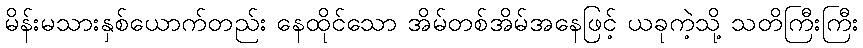
မိန်းမသားနှစ်ယောက်တည်း နေထိုင်သော အိမ်တစ်အိမ်အနေဖြင့် ယခုကဲ့သို့ သတိကြီးကြီး